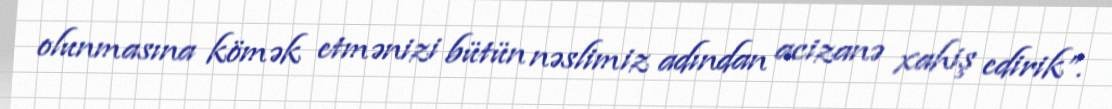
olunmasına kömək etmənizi bütün nəslimiz adından acizanə xahiş edirik”.